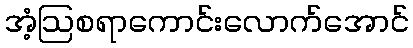
အံ့ဩစရာကောင်းလောက်အောင်